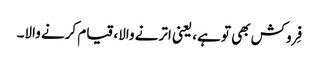
فِروکش بھی تو ہے، یعنی اترنے والا، قیام کرنے والا۔